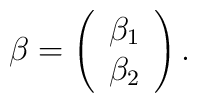
\beta =\left( \begin{array}{c} \beta_1  \\\beta_2 \end{array}\right).